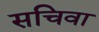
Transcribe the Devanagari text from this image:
सचिवा